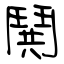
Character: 鬨